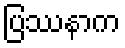
ပြဿနာက